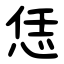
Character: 恁